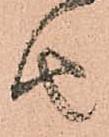
由